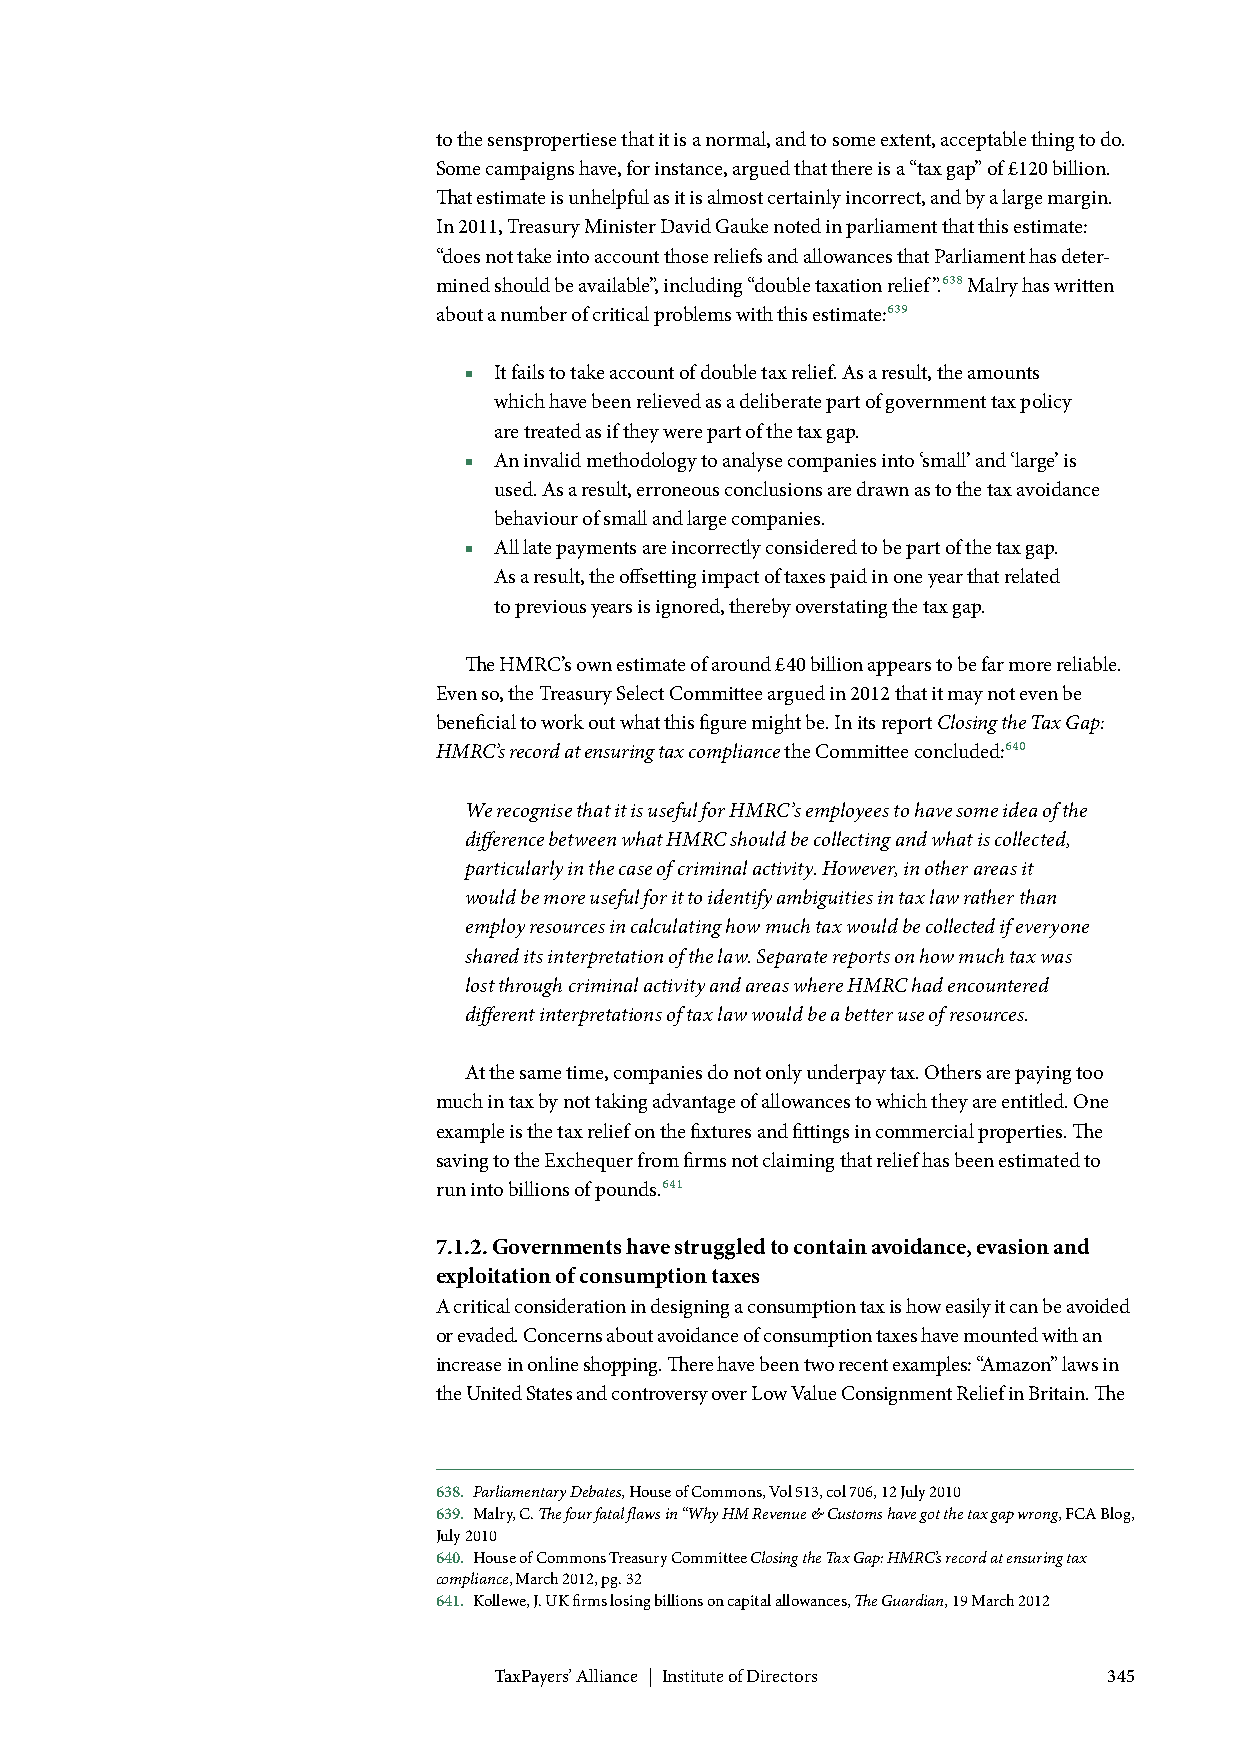
to the senspropertiese that it is a normal, and to some extent, acceptable thing to do.
 Some campaigns have, for instance, argued that there is a “tax gap” of £120 billion.
 That estimate is unhelpful as it is almost certainly incorrect, and by a large margin.
 In 2011, Treasury Minister David Gauke noted in parliament that this estimate:
 “does not take into account those reliefs and allowances that Parliament has deter-
 mined should be available”, including “double taxation relief”.638 Malry has written
 about a number of critical problems with this estimate:639
 ■ It fails to take account of double tax relief. As a result, the amounts
 which have been relieved as a deliberate part of government tax policy
 are treated as if they were part of the tax gap.
 ■ An invalid methodology to analyse companies into ‘small’ and ‘large’ is
 used. As a result, erroneous conclusions are drawn as to the tax avoidance
 behaviour of small and large companies.
 ■ All late payments are incorrectly considered to be part of the tax gap.
 As a result, the offsetting impact of taxes paid in one year that related
 to previous years is ignored, thereby overstating the tax gap.
 The HMRC’s own estimate of around £40 billion appears to be far more reliable.
 Even so, the Treasury Select Committee argued in 2012 that it may not even be
 beneficial to work out what this figure might be. In its report Closing the Tax Gap:
 HMRC’s record at ensuring tax compliance the Committee concluded:640
 We recognise that it is useful for HMRC’s employees to have some idea of the
 difference between what HMRC should be collecting and what is collected,
 particularly in the case of criminal activity. However, in other areas it
 would be more useful for it to identify ambiguities in tax law rather than
 employ resources in calculating how much tax would be collected if everyone
 shared its interpretation of the law. Separate reports on how much tax was
 lost through criminal activity and areas where HMRC had encountered
 different interpretations of tax law would be a better use of resources.
 At the same time, companies do not only underpay tax. Others are paying too
 much in tax by not taking advantage of allowances to which they are entitled. One
 example is the tax relief on the fixtures and fittings in commercial properties. The
 saving to the Exchequer from firms not claiming that relief has been estimated to
 run into billions of pounds.641
 7.1.2. Governments have struggled to contain avoidance, evasion and
 exploitation of consumption taxes
 A critical consideration in designing a consumption tax is how easily it can be avoided
 or evaded. Concerns about avoidance of consumption taxes have mounted with an
 increase in online shopping. There have been two recent examples: “Amazon” laws in
 the United States and controversy over Low Value Consignment Relief in Britain. The
 638. Parliamentary Debates, House of Commons, Vol 513, col 706, 12 July 2010
 639. Malry, C. The four fatal flaws in “Why HM Revenue & Customs have got the tax gap wrong, FCA Blog,
 July 2010
 640. House of Commons Treasury Committee Closing the Tax Gap: HMRC’s record at ensuring tax
 compliance, March 2012, pg. 32
 641. Kollewe, J. UK firms losing billions on capital allowances, The Guardian, 19 March 2012
 TaxPayers’ Alliance | Institute of Directors 345